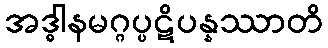
အဒ္ဓါနမဂ္ဂပ္ပဋိပန္နဿာတိ